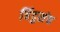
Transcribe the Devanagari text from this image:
बिंदुसंच